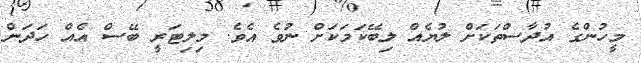
މީހުންގެ އުދާސްތަކަށް ލުޔެއް ލިބޭކަމަކަށް ނުވެ އެވެ. މިލިޓަރީ ބޭސް އެއް ހަދަން